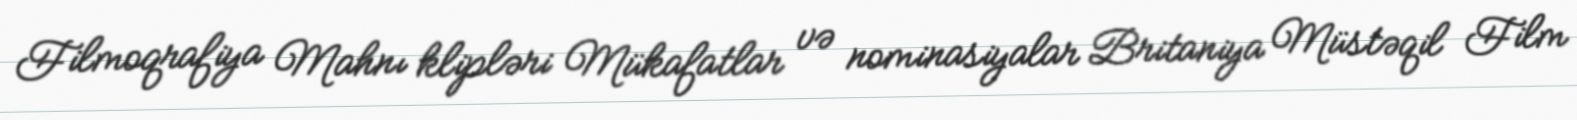
Filmoqrafiya Mahnı klipləri Mükafatlar və nominasiyalar Britaniya Müstəqil Film